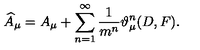
\widehat { A } _ { \mu } = A _ { \mu } + \sum _ { n = 1 } ^ { \infty } \frac 1 { m ^ { n } } \vartheta _ { \mu } ^ { n } ( D , F ) .